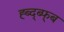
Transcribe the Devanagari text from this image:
ह्ब्द्ब्फ्ब